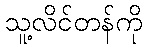
သူ့လိင်တန်ကို